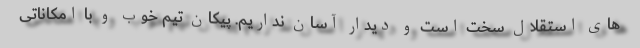
های استقلال سخت است و دیدار آسان نداریم. پیکان تیم خوب و با امکاناتی